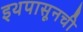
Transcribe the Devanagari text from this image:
इथपासूनची